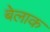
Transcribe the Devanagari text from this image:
बेलाक